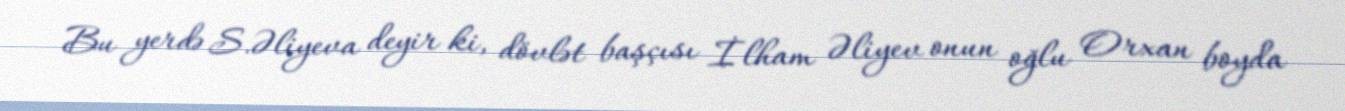
Bu yerdə S.Əliyeva deyir ki, dövlət başçısı İlham Əliyev onun oğlu Orxan boyda